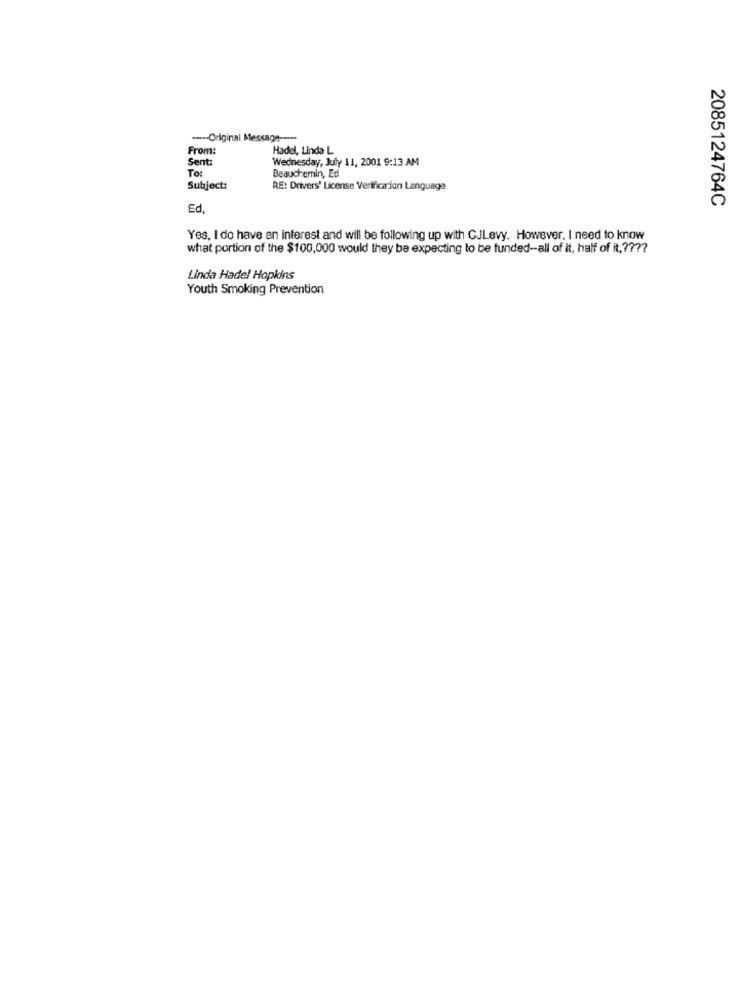
---- Original Message ----
From:
Hadel, Linda L
Sent:
Wednesday, July 11, 2001 9:13 AM
To:
Beauchemin, Ed
Subject:
RE: Drivers' License Verification Language
2085124764C
Ed.
Yes, I do have an interest and will be following up with CJLevy. However, I need to know
what portion of the $100,000 would they be expecting to be funded-all of it, half of it, ?
Linda Hadel Hopkins
Youth Smoking Prevention